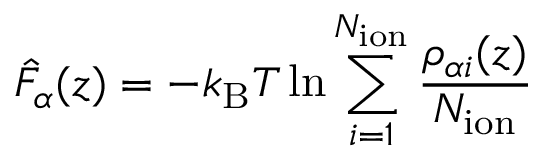
\hat { F } _ { \alpha } ( z ) = - k _ { \mathrm { B } } T \ln \sum _ { i = 1 } ^ { N _ { \mathrm { i o n } } } \frac { \rho _ { \alpha i } ( z ) } { N _ { \mathrm { i o n } } }